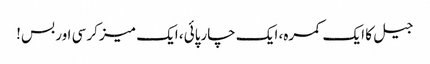
جیل کا ایک کمرہ، ایک چارپائی، ایک میز کرسی اور بس!